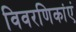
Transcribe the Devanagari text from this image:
विवरणिकांएं